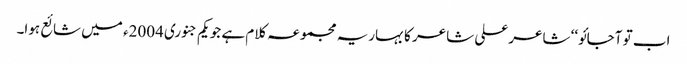
اب تو آجائو‘‘ شاعر علی شاعر کا بہاریہ مجموعہ کلام ہے جو یکم جنوری 2004ء میں شائع ہوا۔